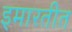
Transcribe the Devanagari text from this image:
इमारतीत